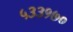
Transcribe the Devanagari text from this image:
५३३१७०